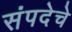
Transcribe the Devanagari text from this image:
संपदेचे